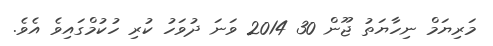
މަރިޔަމް ނިހާޔަތު ޖޫން 30 2014 ވަނަ ދުވަހު ކުރި ހުކުމްގައިވެ އެވެ.